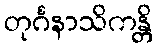
တုင်္ဂနာသိကန္တိ